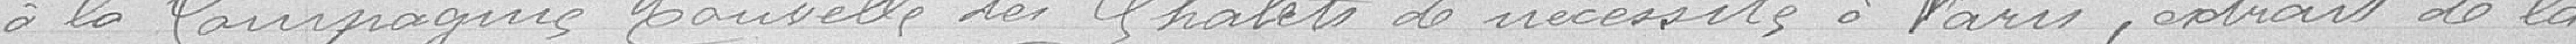
à la Compagnie Nouvelle des Chalets de nécessité à Paris, extrait de la